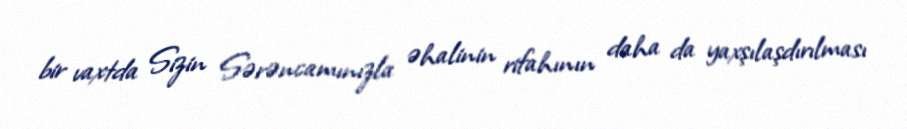
bir vaxtda Sizin Sərəncamınızla əhalinin rifahının daha da yaxşılaşdırılması